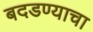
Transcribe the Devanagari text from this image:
बदडण्याचा